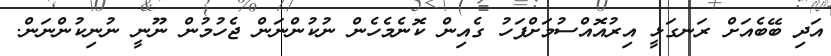
އަދި ބޭބެއަށް ރަނގަޅީ އިރުއޮއްސުމަށްފަހު ގެއިން ކޮނެމެހެން ނުކުންނަން ޖެހުމުން ނޫނީ ނުނިކުންނަން.